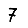
Digit: 7